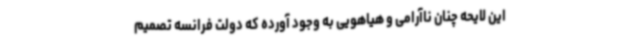
این لایحه چنان ناآرامی و هیاهویی به وجود آورده که دولت فرانسه تصمیم